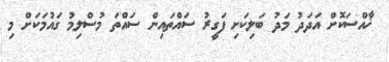
ޚާއްސަކޮށް އަދަދު މަދު ބަލިކަށި ފަގީރު ސައްތައިން ސައްތަ މުސްލިމު ގައުމަކަށް މި